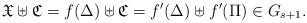
LaTeX: \begin{align*} \mathfrak{X}\uplus\mathfrak{C} = f(\Delta)\uplus \mathfrak{C} = f'(\Delta)\uplus f'(\Pi) \in G_{s+1}.\end{align*}